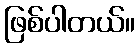
ဖြစ်ပါတယ်။